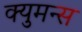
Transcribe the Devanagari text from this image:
क्युमन्स